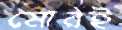
মোরই